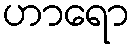
ဟာရော